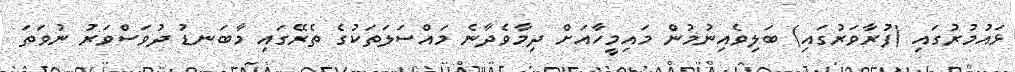
ޅައުމުރުގައި (ފުރާވަރުގައި) ބަލިވެއިނުމުން މައިމީހާއަށް ދިމާވެދާނެ މައްސަލަތަކުގެ ތެރޭގައި މާބަނޑު ދުވަސްވަރު ނުވަތަ